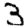
Digit: 3